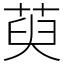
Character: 萸